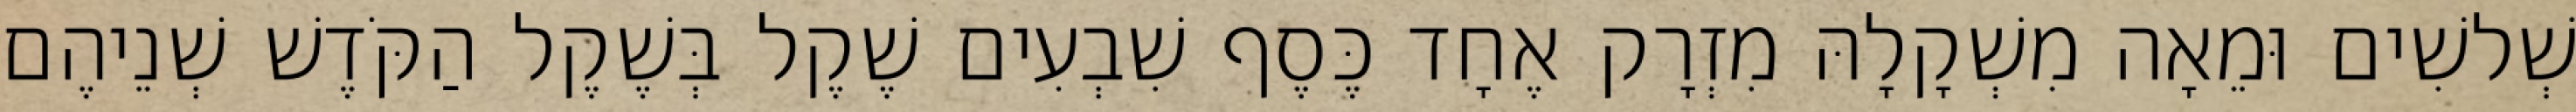
שְׁלשִׁים וּמֵאָה מִשְׁקָלָהּ מִזְרָק אֶחָד כֶּסֶף שִׁבְעִים שֶׁקֶל בְּשֶׁקֶל הַקֹּדֶשׁ שְׁנֵיהֶם